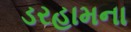
ડરહામના